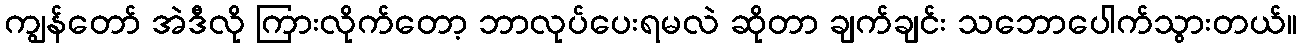
ကျွန်တော် အဲဒီလို ကြားလိုက်တော့ ဘာလုပ်ပေးရမလဲ ဆိုတာ ချက်ချင်း သဘောပေါက်သွားတယ်။